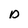
Character: o